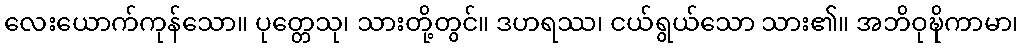
လေးယောက်ကုန်သော။ ပုတ္တေသု၊ သားတို့တွင်။ ဒဟရဿ၊ ငယ်ရွယ်သော သား၏။ အဘိဝုဍ္ဎိကာမာ၊